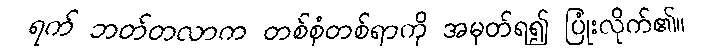
ရက် ဘတ်တလာက တစ်စုံတစ်ရာကို အမှတ်ရ၍ ပြုံးလိုက်၏။